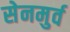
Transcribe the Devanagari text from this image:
सेनमुर्व